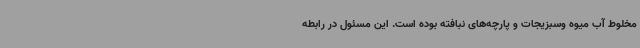
مخلوط آب میوه وسبزیجات و پارچه‌های نبافته بوده است. این مسئول در رابطه